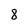
Character: 8